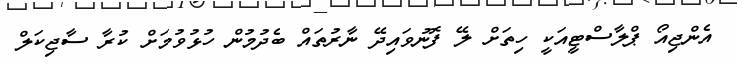
އެންޖިއޯ ޕްލާސްޓީއަކީ ހިތަށް ލޭ ފޮނުވައިދޭ ނާރުތައް ބެދުމުން ހުޅުވުމަށް ކުރާ ސާޖިކަލް